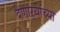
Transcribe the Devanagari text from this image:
देणाऱ्यांच्या